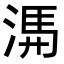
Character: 𭱃